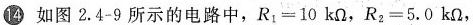
14 如图2.4-9所示的电路中，R_{1}=10kΩ，R_{2}=5.0kΩ，